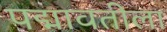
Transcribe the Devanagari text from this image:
पद्मावतीला